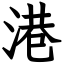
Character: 港